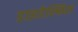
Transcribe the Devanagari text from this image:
डाइडेल्फिस